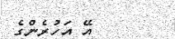
އޭ އަހުރެންގެ